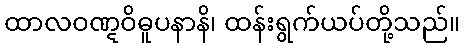
ထာလဝဏ္ဋဝိဓူပနာနိ၊ ထန်းရွက်ယပ်တို့သည်။